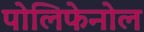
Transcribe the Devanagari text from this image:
पोलिफेनोल